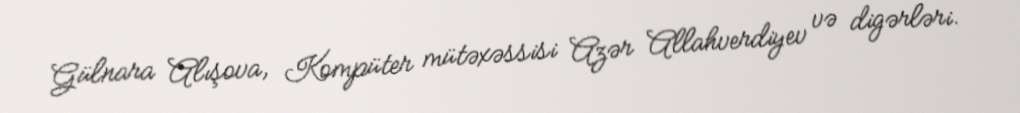
Gülnara Alışova, Kompüter mütəxəssisi Azər Allahverdiyev və digərləri.